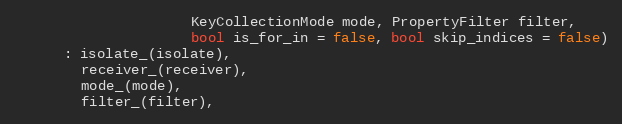
Language: C
                     KeyCollectionMode mode, PropertyFilter filter,
                     bool is_for_in = false, bool skip_indices = false)
      : isolate_(isolate),
        receiver_(receiver),
        mode_(mode),
        filter_(filter),